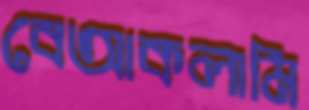
বেআকলামি